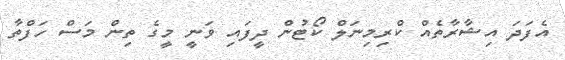
އެފަދަ އިޝާރާތެއް ކްރިމިނަލް ކޯޓުން ދީފައި ވަނީ މީގެ ތިން މަސް ހަފްތާ